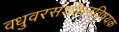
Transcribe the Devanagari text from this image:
वधुवरसंशोधनविषयक